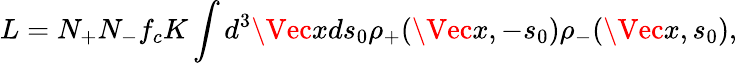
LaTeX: L=N_{+}N_{-}f_{c}K\int d^{3}\Vec{x}ds_{0}\rho_{+}(\Vec{x},-s_{0})\rho_{-}(\Vec{x},s_{0}),